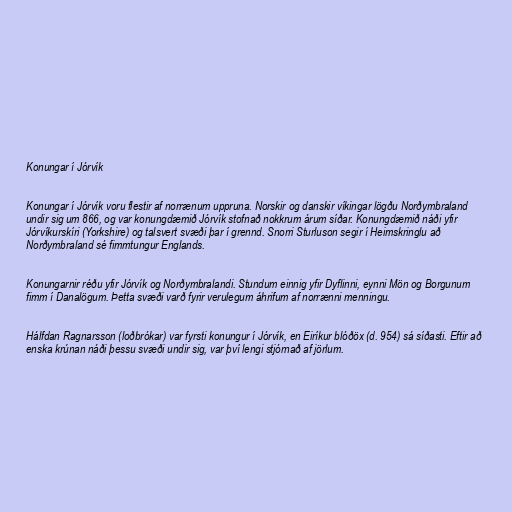
Konungar í Jórvík

Konungar í Jórvík voru flestir af norrænum uppruna. Norskir og danskir víkingar lögðu Norðymbraland
undir sig um 866, og var konungdæmið Jórvík stofnað nokkrum árum síðar. Konungdæmið náði yfir
Jórvíkurskíri (Yorkshire) og talsvert svæði þar í grennd. Snorri Sturluson segir í Heimskringlu að
Norðymbraland sé fimmtungur Englands.

Konungarnir réðu yfir Jórvík og Norðymbralandi. Stundum einnig yfir Dyflinni, eynni Mön og Borgunum
fimm í Danalögum. Þetta svæði varð fyrir verulegum áhrifum af norrænni menningu.

Hálfdan Ragnarsson (loðbrókar) var fyrsti konungur í Jórvík, en Eiríkur blóðöx (d. 954) sá síðasti. Eftir að
enska krúnan náði þessu svæði undir sig, var því lengi stjórnað af jörlum.